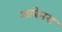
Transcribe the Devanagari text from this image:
आबेनरा